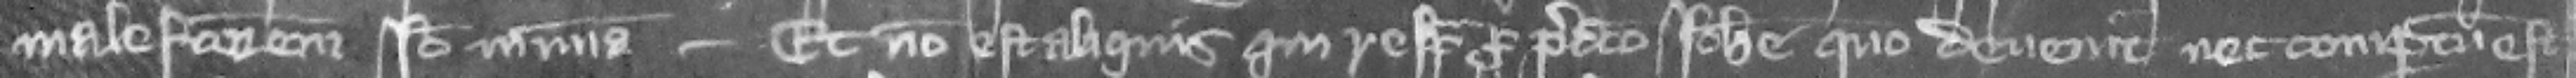
malefactorem ideo in misericordia -- Et non est aliquis qui respondeat pro predicto Iohanne quo deuenit nec compertum est